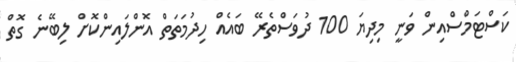
ކަސްޓަމްސްއިން ވަނީ މިދިޔަ 100 ދުވަސްތެރޭ ބައެއް ހިދުމަތަތް އޮންލައިންކޮށް ލިބޭނެ ގޮތް